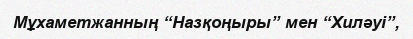
Мұхаметжанның “Назқоңыры” мен “Хиләуі”,